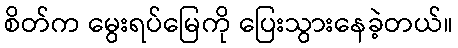
စိတ်က မွေးရပ်မြေကို ပြေးသွားနေခဲ့တယ်။